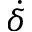
\dot { \delta }